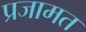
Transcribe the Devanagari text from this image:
प्रजामत